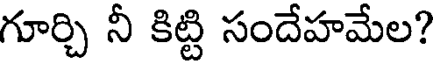
గూర్చి నీ కిట్టి సందేహమేల?